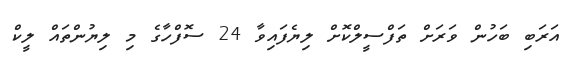
އަރަބި ބަހުން ވަރަށް ތަފްސީލްކޮށް ލިޔެފައިވާ 24 ސޮފްހާގެ މި ލިޔުންތައް ލީކް